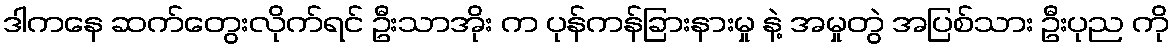
ဒါကနေ ဆက်တွေးလိုက်ရင် ဦးသာအိုး က ပုန်ကန်ခြားနားမှု နဲ့ အမှုတွဲ အပြစ်သား ဦးပုည ကို